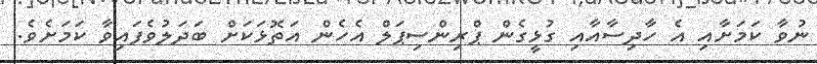
ނުވާ ކަމަށާއި އެ ހާދިސާއާއި ގުޅީގެން ޕްރިންސިޕަލް އެހެން އަތޮޅަކަށް ބަދަލުވެފައިވާ ކަމަށެވެ.